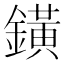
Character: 鐄